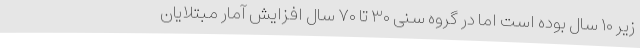
زیر ۱۰ سال بوده است اما در گروه سنی ۳۰ تا ۷۰ سال افزایش آمار مبتلایان